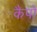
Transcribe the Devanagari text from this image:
कैपो